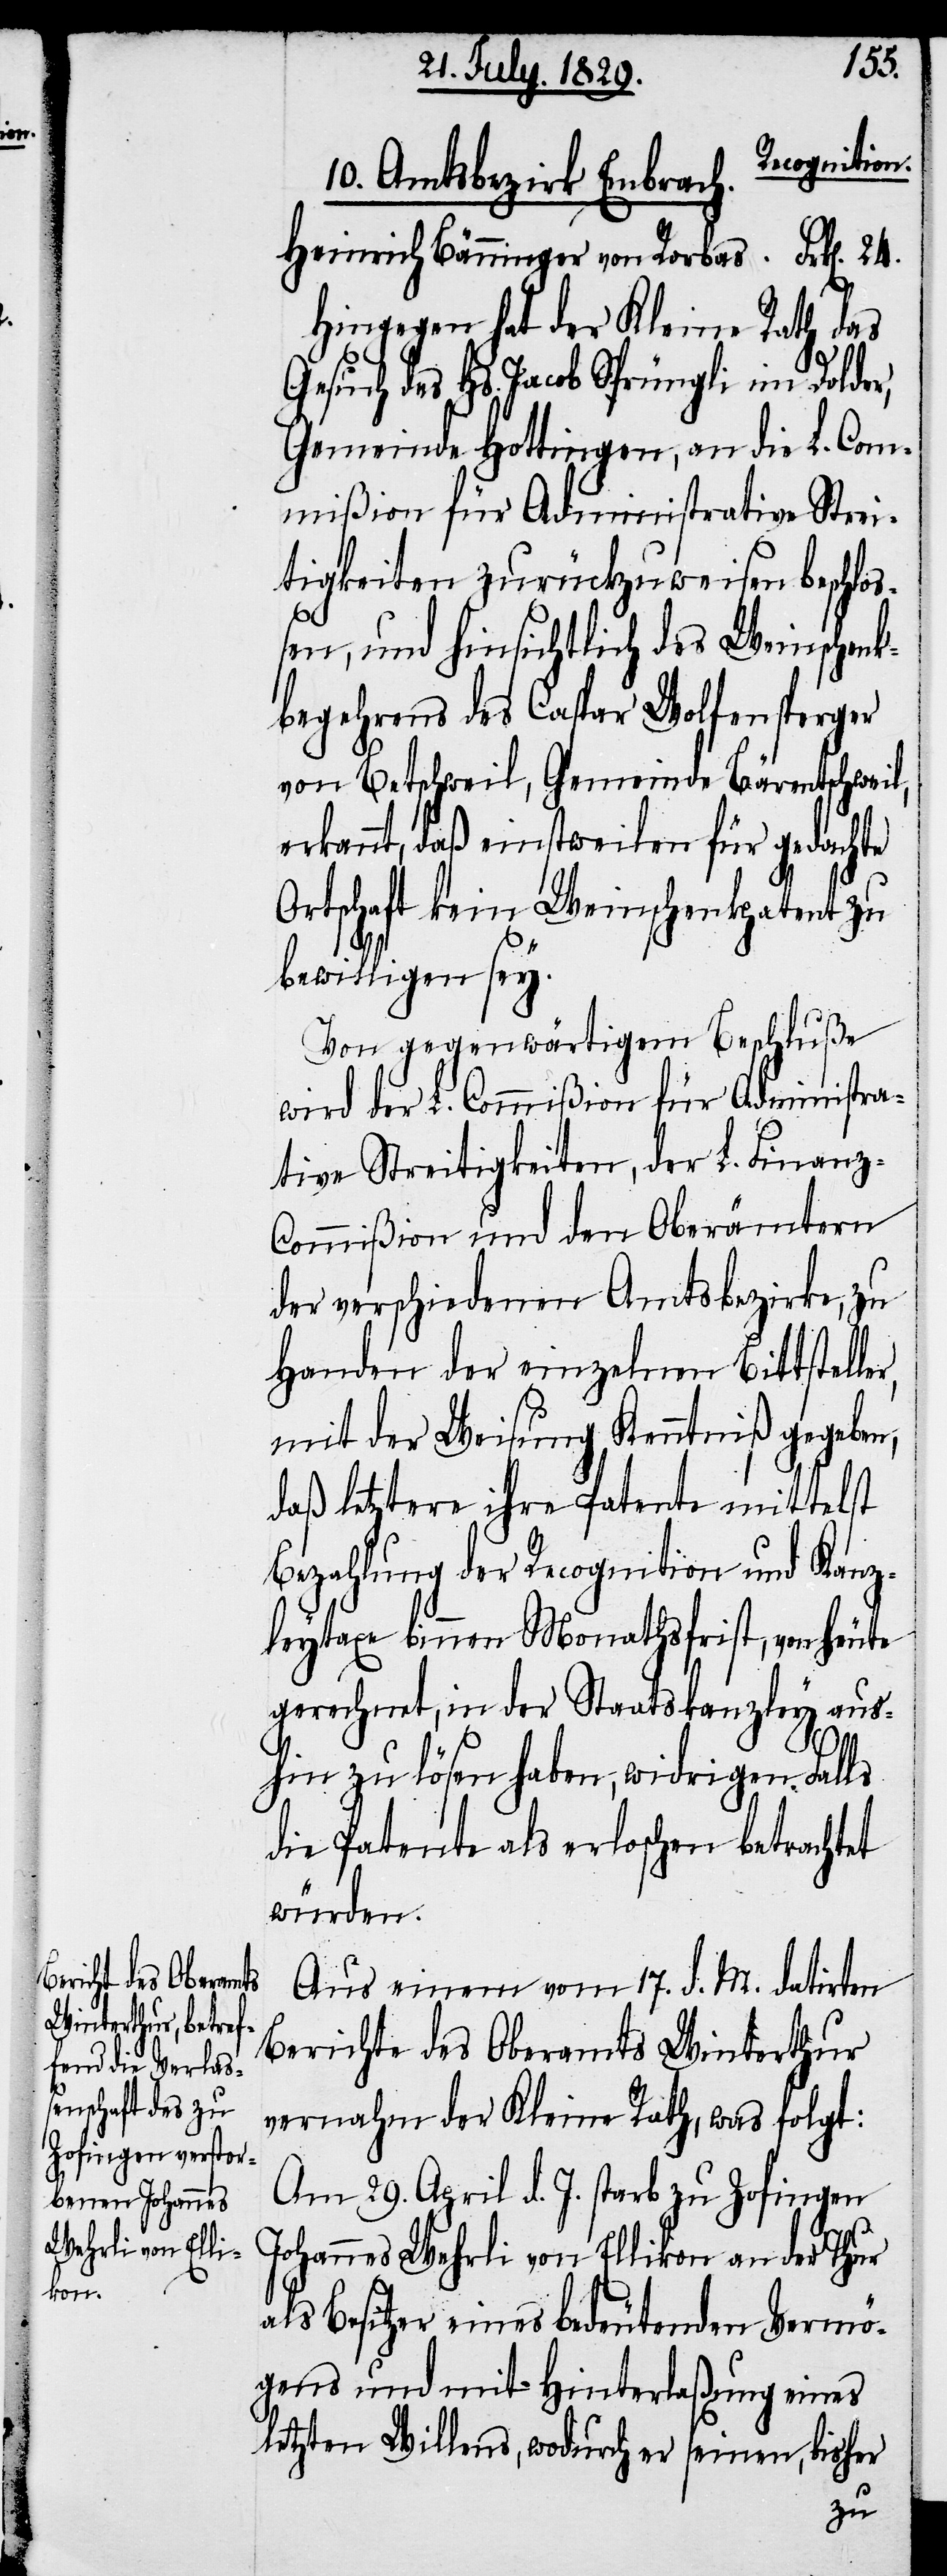
Recognition.
10. Amtsbezirk Embrach
Heinrich Bänninger von Rorbas
Hingegen hat der Kleine Rath das
Gesuch des Hs. Jacob Sprüngli im Dolder,
Gemeinde Hottingen, an die L. Com¬
mißion für Administrative Strei¬
tigkeiten zurückzuweisen beschloß¬
er,
en, und hinsichtlich des Weinschenk¬
begehrens des Caspar Wolfensperger
von Betschweil, Gemeinde Bärentschweil,
erkannt, daß einstweilen für gedachte
Ortschaft kein Weinschenkpatent zu
bewilligen sey.
Von gegenwärtigem Beschluße
wird der L. Commißion für Administra¬
tive Streitigkeiten, der L. Finanz-C¬
ommißion und den Oberämtern
der verschiedenen Amtsbezirke, zu
Handen der einzelnen Bittstell¬
mit der Weisung Kenntniß gegeben,
daß letztere ihre Patente mittelst
Bezahlung der Recognition und Kanz¬
leytaxe binnen Monathsfrist, von heute
gerechnet, in der Staatskanzley aus¬
hin zu lösen haben, widrigen Falls
die Patente als erloschen betrachtet
würden.
Aus einem vom 17. d. M. datirten
Berichte des Oberamts Winterthur
vernahm der Kleine Rath, was folgt:
Am 29. April d. J. starb zu Zofingen
Johannes Wehrli von Ellikon an der Thur
als Besitzer eines bedeutenden Vermö¬
gens und mit Hinterlaßung eines
letzten Willens, wodurch er seinen, bisher